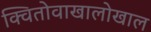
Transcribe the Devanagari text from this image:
क्वितोवाखालोखाल